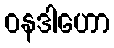
ဝနဒါဟော